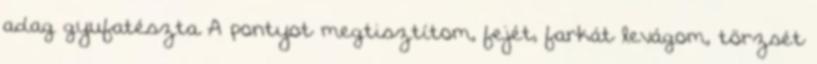
adag gyufatészta A pontyot megtisztítom, fejét, farkát levágom, törzsét